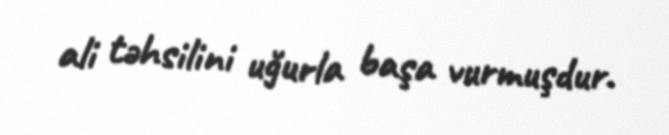
ali təhsilini uğurla başa vurmuşdur.